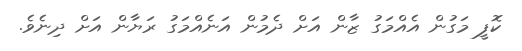
ކޮފީ މަގުން އެއްމަގު ޒާން އަށް ދެމުން އަނެއްމަގު ރަޔާން އަށް ދިނެވެ.